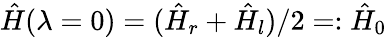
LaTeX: \hat{H}(\lambda=0)=(\hat{H}_{r}+\hat{H}_{l})/2=:\hat{H}_{0}